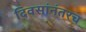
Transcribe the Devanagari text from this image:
दिवसांनंतरच